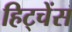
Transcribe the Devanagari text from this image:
हिट्चेंस